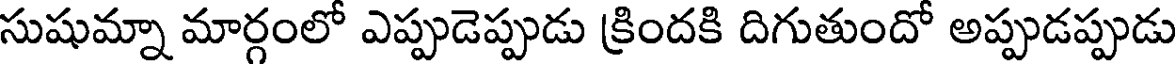
సుషుమ్నా మార్గంలో ఎప్పుడెప్పుడు క్రిందకి దిగుతుందో అప్పుడప్పుడు